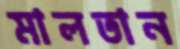
মালতান